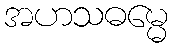
အဟသဓမ္မေ